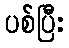
ပစ်ပြီး